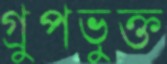
গ্রুপভুক্ত